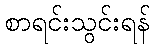
စာရင်းသွင်းရန်